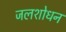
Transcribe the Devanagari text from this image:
जलशोधन